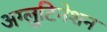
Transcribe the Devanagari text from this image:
अग्लुटिनेशन